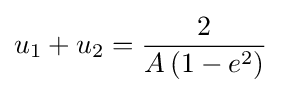
u_{1}+u_{2}={\frac {2}{A\left(1-e^{2}\right)}}